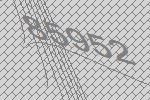
85952